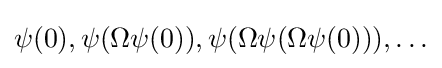
\psi (0),\psi (\Omega \psi (0)),\psi (\Omega \psi (\Omega \psi (0))),\ldots